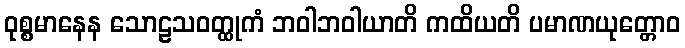
ဝုစ္စမာနေန သောဠသဝတ္ထုကံ ဘဝါဘဝါယာတိ ကထိယတိ ပမာဏယုတ္တောဝ